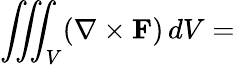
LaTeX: \iiint_{V}(\nabla\times\mathbf{F})\, dV=